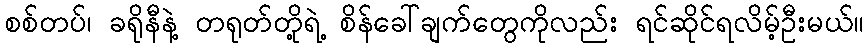
စစ်တပ်၊ ခရိုနီနဲ့ တရုတ်တို့ရဲ့ စိန်ခေါ်ချက်တွေကိုလည်း ရင်ဆိုင်ရလိမ့်ဦးမယ်။